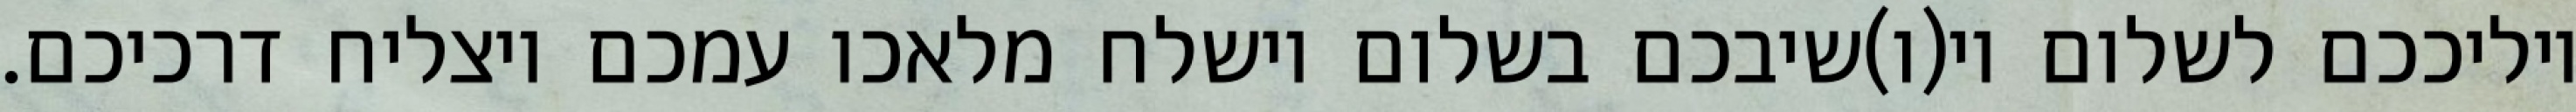
יוליככם לשלום וי(ו)שיבכם בשלום וישלח מלאכו עמכם ויצליח דרכיכם.